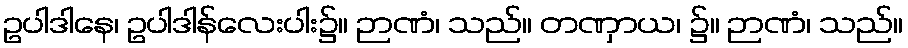
ဥပါဒါနေ၊ ဥပါဒါန်လေးပါး၌။ ဉာဏံ၊ သည်။ တဏှာယ၊ ၌။ ဉာဏံ၊ သည်။